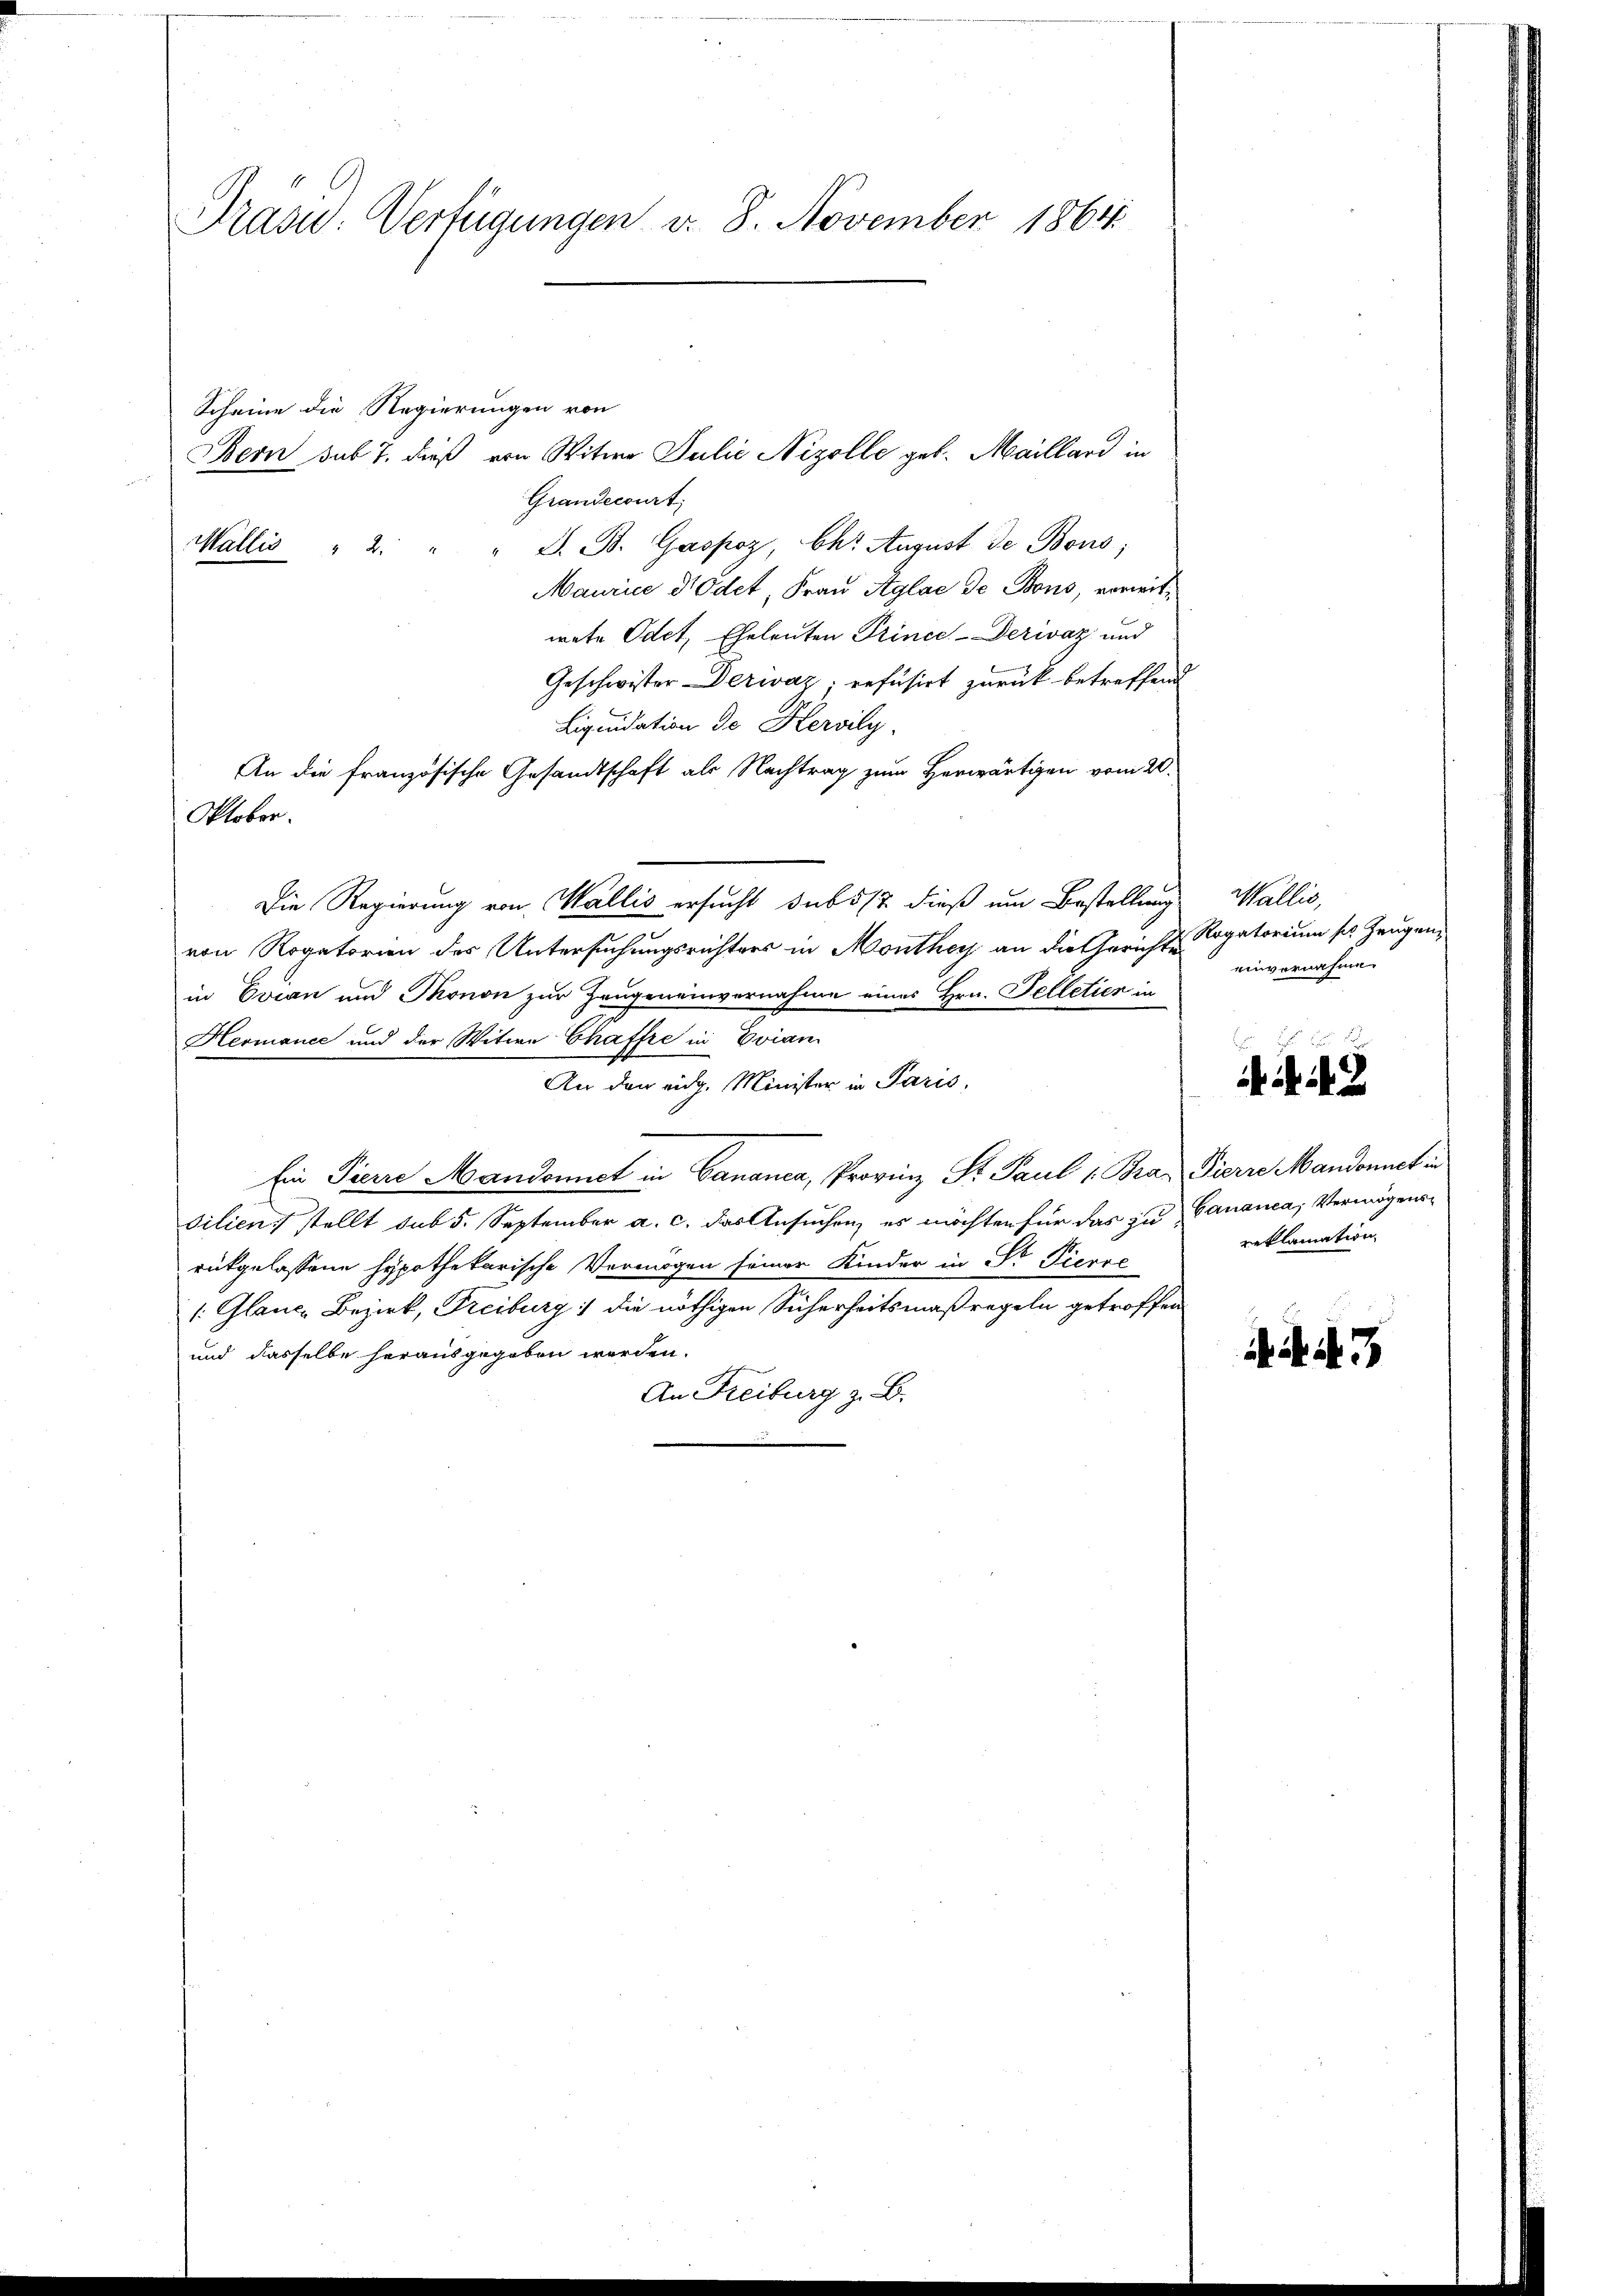
Präsid. Verfügungen v. 8. November 1864

Scheine die Regierungen von
Bern sub 7. dieß von Witwe Julie Nizolle geb. Maillard in
Grandecourt
Wallis " 2 " " G. B. Gaspoz, Chr. August de Bons;
Maurice Prodet, Frau Aglae de Bons, vorwitwete Odet, Eheleuten Prince-Derwaz und
Geschwister Derwáz; refusirt zurück betreffend
Liquidation de Kervily.
An die französische Gesandtschaft als Nachtrag zum Herwärtigen vom 20.
Oktober.
Die Regierung von Wallis ersucht sub 517 dieß um Bestellung
von Rogatorien des Untersuchungsrichters in Monthey an die Gerichte Rigatorium sel. Zeugen,
in Evian und Thonon zur Zeugeneinvernahme eines Hrn. Telletier in
Hermance und der Witwe Chaffee in Evian
An den eidg. Minister in Paris,
Ein Pierre Mandonnet in Bananca, Provinz Sr. Paul (Bra, Pierre Mandonnet in
silien stellt sub 5. September a. c. das Ansuchen, es möchten für das zu Cananca, Vermögensrückgelassene hypothekarische Vermögen seiner Kinder in Sr Pierre
Glanze Bezirk, Freiburg die nöthigen Sicherheitsmaßregeln getroffen
und dasselbe herausgegeben werden.
An Freiburg z. B.

Wallis,
einvernahme.

reklamation

if. 7